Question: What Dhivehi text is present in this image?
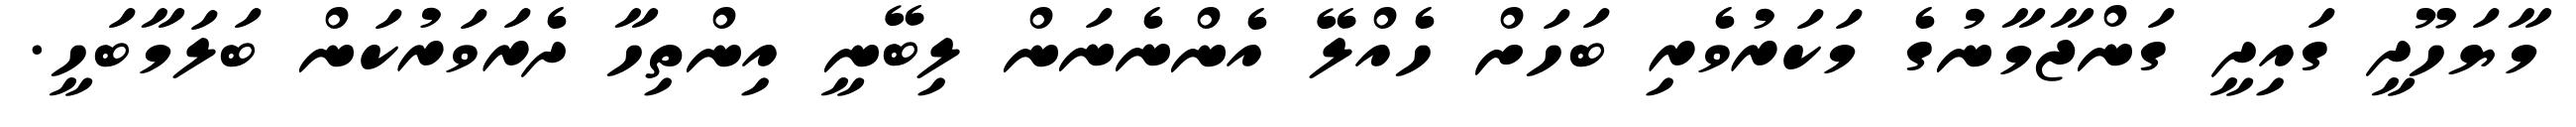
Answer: މާޔަހޫދީ ގައިދީ ގަންޖާމާނުގެ މަކަރުވެރި ބަހަށް ހެއްލޭ އެންނެނަން ލިބޭނީ އިންތިހާ ދެރަވަރުކަން ބަލަމާބަހީ.